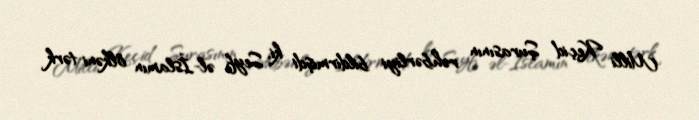
Milli Keçid Şurasının rəhbərliyi bildirmişdi ki, Seyf əl-İslamın ölkəni tərk